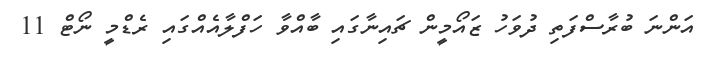
އަންނަ ބުރާސްފަތި ދުވަހު ޒައޯމީން ޗައިނާގައި ބާއްވާ ހަފްލާއެއްގައި ރެޑްމީ ނޯޓް 11